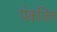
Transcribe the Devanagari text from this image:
पंकजित